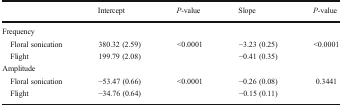
|  | Intercept | P-value | Slope | P-value |
 | --- | --- | --- | --- | --- |
 | <COLSPAN=5> Frequency |
 | Floral sonication | 380.32 (2.59) | <0.0001 | −3.23 (0.25) | <0.0001 |
 | Flight | 199.79 (2.08) |  | −0.41 (0.35) |  |
 | <COLSPAN=5> Amplitude |
 | Floral sonication | −53.47 (0.66) | <0.0001 | −0.26 (0.08) | 0.3441 |
 | Flight | −34.76 (0.64) |  | −0.15 (0.11) |  |